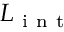
L _ { \mathrm { ~ i ~ n ~ t ~ } }